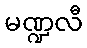
မဏ္ဍလီ